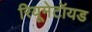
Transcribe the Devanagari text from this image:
रियूमेटॉयड